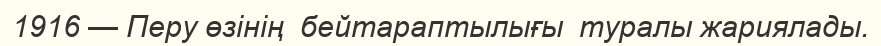
1916 — Перу өзінің  бейтараптылығы  туралы жариялады.